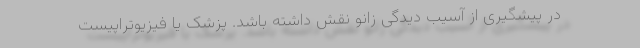
در پیشگیری از آسیب دیدگی زانو نقش داشته باشد. پزشک یا فیزیوتراپیست